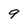
Character: 9